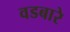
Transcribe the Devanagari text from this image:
वडबारे